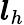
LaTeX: \boldsymbol{l}_{h}